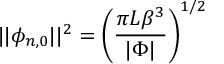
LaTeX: \vert \vert \phi _ { n , 0 } \vert \vert ^ { 2 } = \left( \frac { \pi L \beta ^ { 3 } } { \vert \Phi \vert } \right) ^ { 1 / 2 }